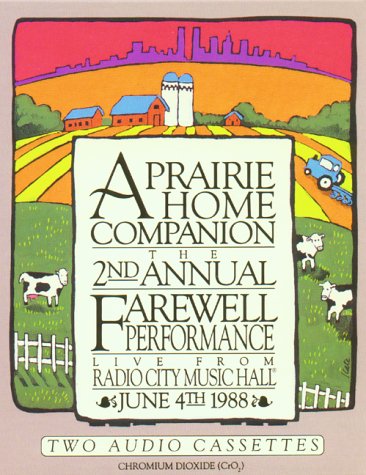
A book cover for A Prairie Home Companion: The 2nd Annual Farewell Performance; Garrison Keillor; Humor & Entertainment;